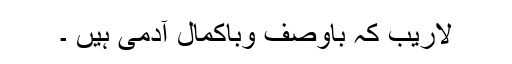
لاریب کہ باوصف وباکمال آدمی ہیں ۔